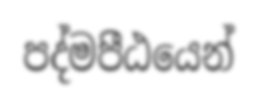
පද්මපීඨයෙන්